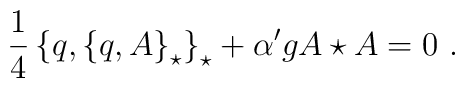
\frac{1}{4}\left\{q,\left\{q,A\right\}_\star\right\}_\star +{\alpha^{\prime}}g A\star A=0\,\,.